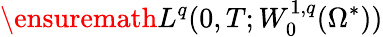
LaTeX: \ensuremath{L^{q}(0,T;W_{0}^{1,q}(\Omega^{*}))}